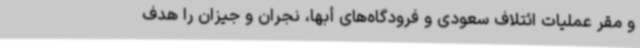
و مقر عملیات ائتلاف سعودی و فرودگاه‌های أبها، نجران و جیزان را هدف